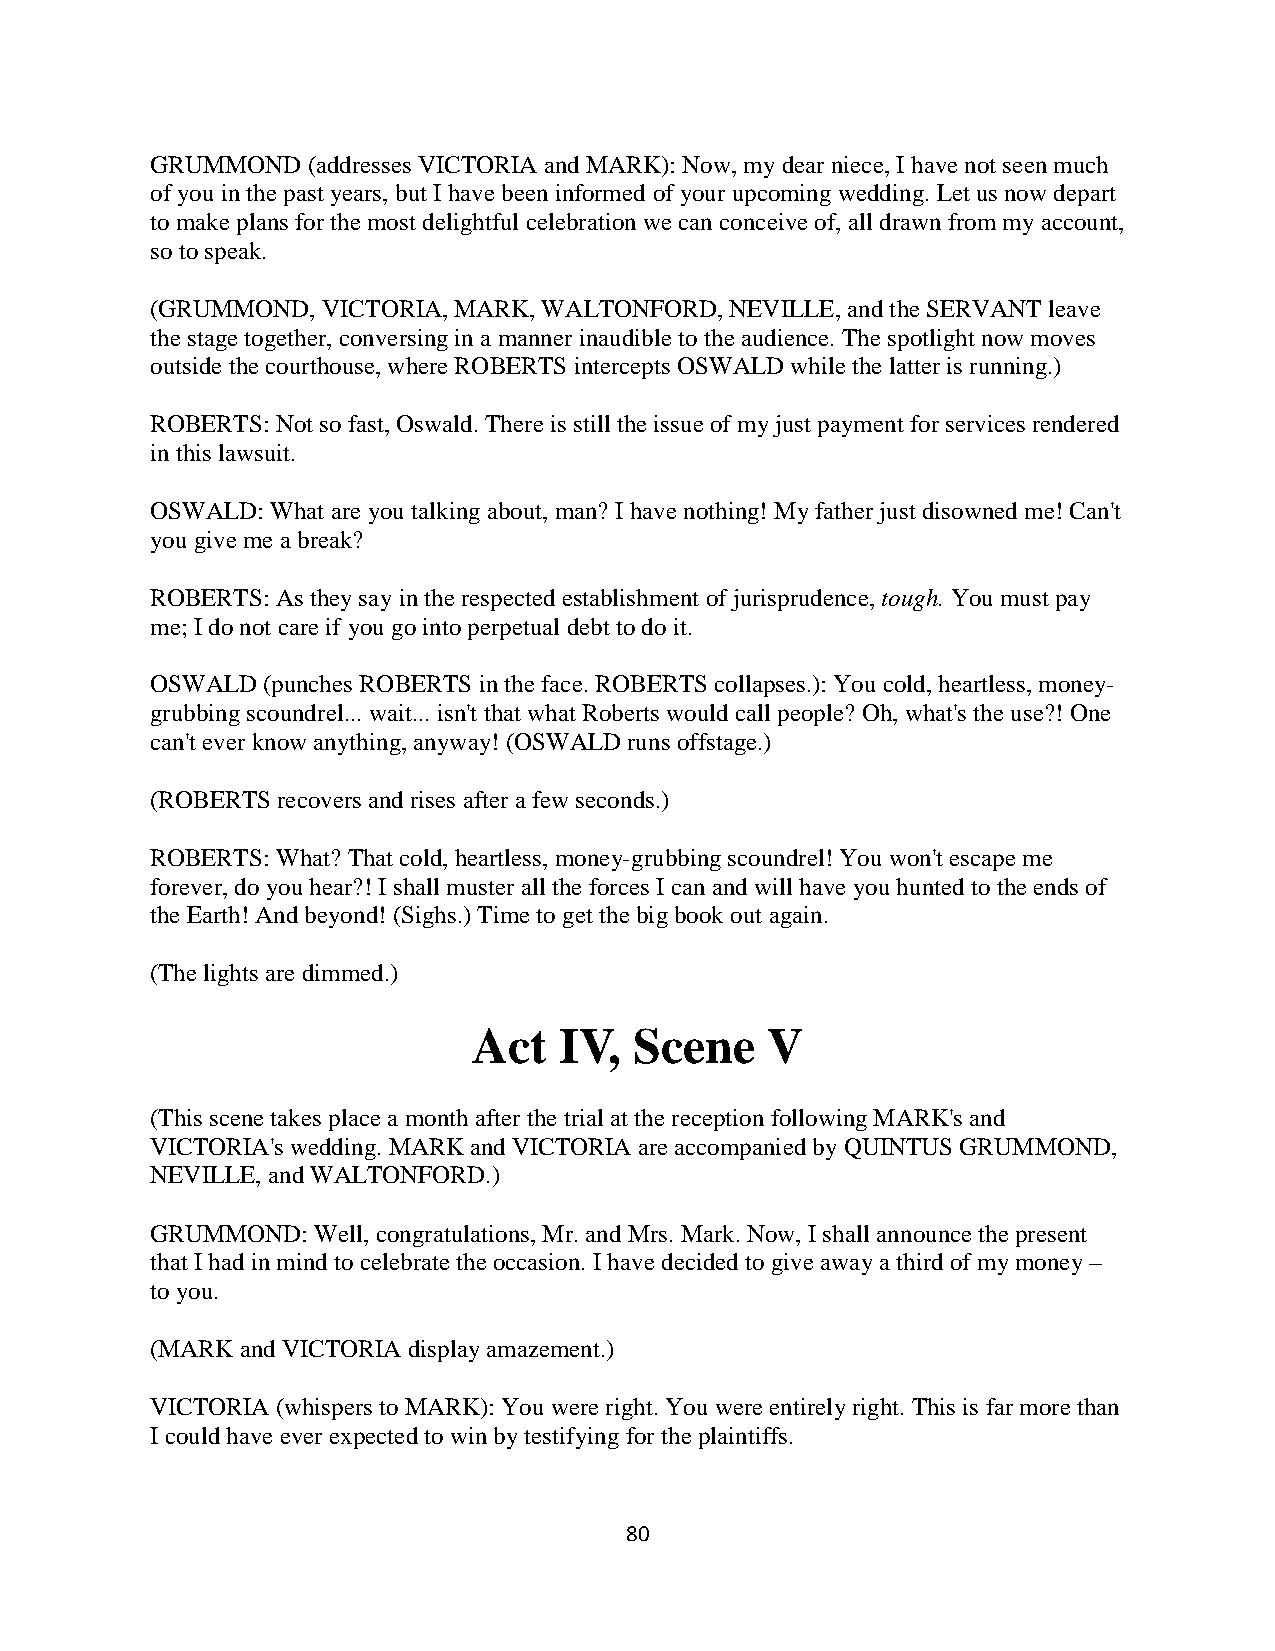
GRUMMOND  (addresses VICTORIA and MARK): Now, my dear niece, I have not seen much
 of you in the past years, but I have been informed of your upcoming wedding. Let us now depart
 to make plans for the most delightful celebration we can conceive of, all drawn from my account,
 so to speak.
 (GRUMMOND, VICTORIA, MARK, WALTONFORD, NEVILLE, and the SERVANT leave
 the stage together, conversing in a manner inaudible to the audience. The spotlight now moves
 outside the courthouse, where ROBERTS intercepts OSWALD while the latter is running.)
 ROBERTS: Not so fast, Oswald. There is still the issue of my just payment for services rendered
 in this lawsuit.
 OSWALD: What are you talking about, man? I have nothing! My father just disowned me! Can't
 you give me a break?
 ROBERTS: As they say in the respected establishment of jurisprudence, tough. You must pay
 me; I do not care if you go into perpetual debt to do it.
 OSWALD (punches ROBERTS in the face. ROBERTS collapses.): You cold, heartless, money-
 grubbing scoundrel... wait... isn't that what Roberts would call people? Oh, what's the use?! One
 can't ever know anything, anyway! (OSWALD runs offstage.)
 (ROBERTS recovers and rises after a few seconds.)
 ROBERTS: What? That cold, heartless, money-grubbing scoundrel! You won't escape me
 forever, do you hear?! I shall muster all the forces I can and will have you hunted to the ends of
 the Earth! And beyond! (Sighs.) Time to get the big book out again.
 (The lights are dimmed.)
 Act   IV,  Scene    V
 (This scene takes place a month after the trial at the reception following MARK's and
 VICTORIA's wedding. MARK and VICTORIA are accompanied by QUINTUS GRUMMOND,
 NEVILLE, and WALTONFORD.)
 GRUMMOND:  Well, congratulations, Mr. and Mrs. Mark. Now, I shall announce the present
 that I had in mind to celebrate the occasion. I have decided to give away a third of my money –
 to you.
 (MARK and VICTORIA display amazement.)
 VICTORIA (whispers to MARK): You were right. You were entirely right. This is far more than
 I could have ever expected to win by testifying for the plaintiffs.
 80